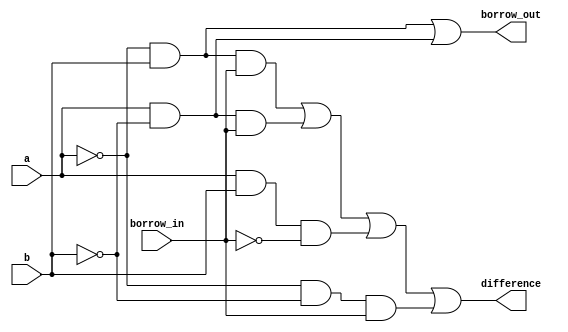
module full_subtractor(
    input a,
    input b,
    input borrow_in,
    output difference,
    output borrow_out
);

assign difference = (~a & b & borrow_in) | (a & ~b & borrow_in) | (a & b & ~borrow_in) | (~a & ~b & borrow_in);
assign borrow_out = (~a & b) | (a & ~b);

endmodule